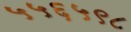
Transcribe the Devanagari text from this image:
५५६५९८